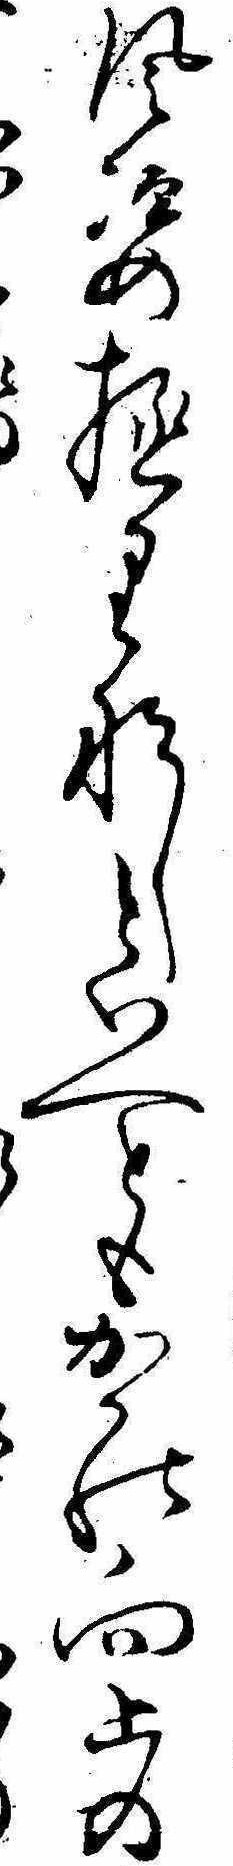
風姿極りなしといへともかの向上の